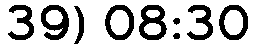
39) 08:30